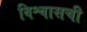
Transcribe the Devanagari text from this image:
विश्वासची